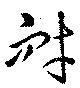
耐